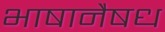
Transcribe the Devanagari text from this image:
भाषानैषध